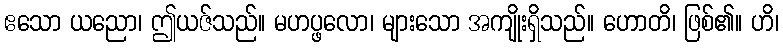
ဧသော ယညော၊ ဤယဇ်သည်။ မဟပ္ဖလော၊ များသော အကျိုးရှိသည်။ ဟောတိ၊ ဖြစ်၏။ ဟိ၊